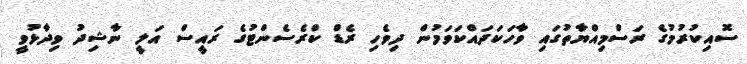
ސޮއިކުރުމުގެ ރަސްމިއްޔާތުގައި ވާހަކަދައްކަވަމުން ދިވެހި ރެޑް ކްރެސެންޓުގެ ރައީސް އަލީ ނާޝިދު ވިދާޅުވީ